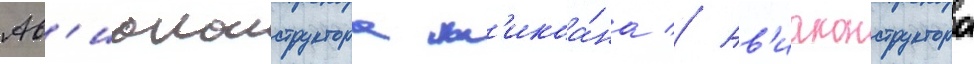
Ав'иаконструктора м'икоа́на // Ав'иаконструктора